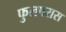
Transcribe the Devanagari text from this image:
फुलपरास